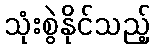
သုံးစွဲနိုင်သည့်